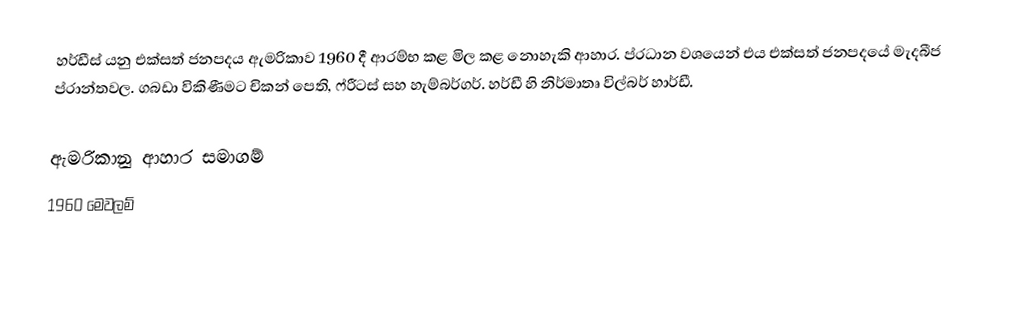
හර්ඩීස් යනු එක්සත් ජනපදය ඇමරිකාව 1960 දී ආරම්භ කළ මිල කළ නොහැකි ආහාර. ප්රධාන වශයෙන් එය එක්සත් ජනපදයේ මැදබීජ ප්රාන්තවල. ගබඩා විකිණීමට  චිකන් පෙති, ෆ්රීටස් සහ හැම්බර්ගර්. හර්ඩී හි නිර්මාතෘ විල්බර් හාර්ඩී.

 ඇමරිකානු ආහාර සමාගම්
 1960 මෙවලම්